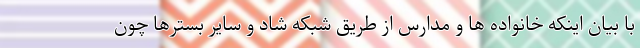
با بیان اینکه خانواده ها و مدارس از طریق شبکه شاد و سایر بسترها چون